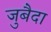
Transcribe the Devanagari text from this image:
जुबैदा